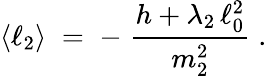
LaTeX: \langle\ell_{2}\rangle\; =\; -\; \frac{h+\lambda_{2}\, \ell_{0}^{2}}{m_{2}^{2}}\; .